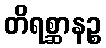
တိရစ္ဆာနဉ္စ